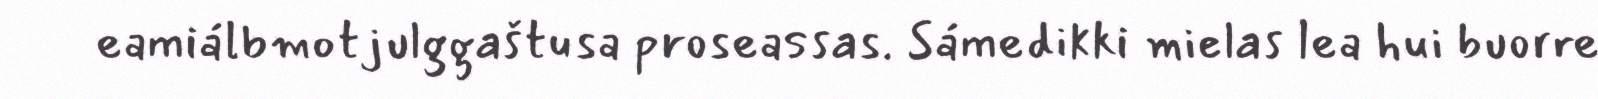
eamiálbmotjulggaštusa proseassas. Sámedikki mielas lea hui buorre